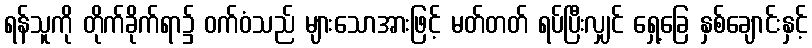
ရန်သူကို တိုက်ခိုက်ရာ၌ ဝက်ဝံသည် များသောအားဖြင့် မတ်တတ် ရပ်ပြီးလျှင် ရှေ့ခြေ နှစ်ချောင်းနှင့်